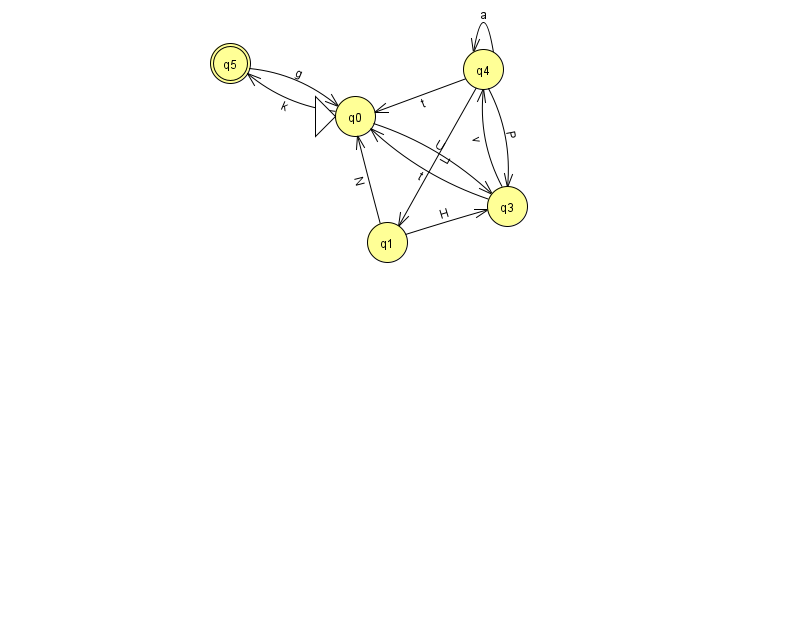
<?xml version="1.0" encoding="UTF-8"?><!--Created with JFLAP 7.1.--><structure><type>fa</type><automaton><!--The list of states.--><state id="0" name="q0"><x>355.0</x><y>103.0</y><initial/></state><state id="1" name="q1"><x>387.0</x><y>229.0</y></state><state id="3" name="q3"><x>507.0</x><y>193.0</y></state><state id="4" name="q4"><x>483.0</x><y>56.0</y></state><state id="5" name="q5"><x>230.0</x><y>50.0</y><final/></state><!--The list of transitions.--><transition><from>4</from><to>4</to><read>a</read></transition><transition><from>1</from><to>3</to><read>H</read></transition><transition><from>0</from><to>5</to><read>k</read></transition><transition><from>4</from><to>0</to><read>t</read></transition><transition><from>4</from><to>3</to><read>P</read></transition><transition><from>5</from><to>0</to><read>g</read></transition><transition><from>3</from><to>0</to><read>t</read></transition><transition><from>0</from><to>3</to><read>U</read></transition><transition><from>1</from><to>0</to><read>N</read></transition><transition><from>3</from><to>4</to><read>v</read></transition><transition><from>4</from><to>1</to><read>L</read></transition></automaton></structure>